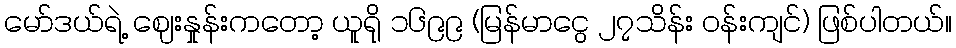
မော်ဒယ်ရဲ့ ဈေးနှုန်းကတော့ ယူရို ၁၆၉၉ (မြန်မာငွေ ၂၇သိန်း ဝန်းကျင်) ဖြစ်ပါတယ်။